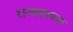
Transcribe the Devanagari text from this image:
राज्यसाधना